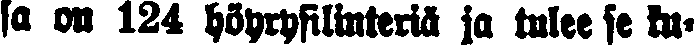
sa on 124 höyrysilinteriä ja tulee se ku-